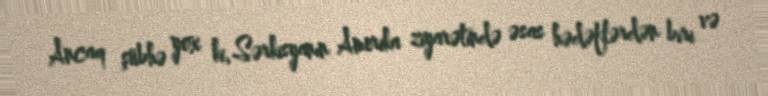
Ancaq şübhə yox ki, Sərkisyanın Amerika ziyarətində əsas hədəflərdən biri və